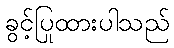
ခွင့်ပြုထားပါသည်